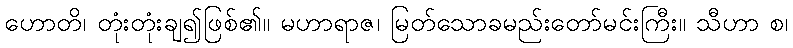
ဟောတိ၊ တုံးတုံးချ၍ဖြစ်၏။ မဟာရာဇ၊ မြတ်သောခမည်းတော်မင်းကြီး။ သီဟာ စ၊